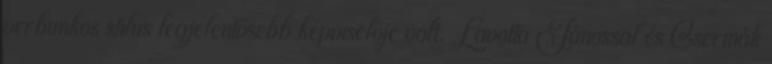
verbunkos stílus legjelentősebb képviselője volt. Lavotta Jánossal és Csermák